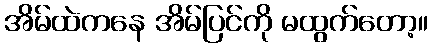
အိမ်ထဲကနေ အိမ်ပြင်ကို မထွက်တော့။